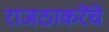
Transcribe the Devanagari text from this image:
राजठाकरेंचे